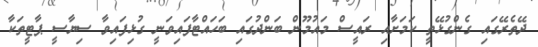
ދޭތެރޭގައި ގެންގުޅޭތީ ކަމަށާއި ރައީސް މައުމޫން ބަންދުގައި ބަހައްޓާފައިވަނީ ގުޅިފައިވާ ސިޔާސީ ޕާޓީތަކާ